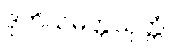
ဒုတိယမိတ္တသုတ္တံ